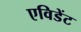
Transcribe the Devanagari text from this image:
एविडेंट